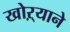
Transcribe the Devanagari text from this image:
खोऱ्याने